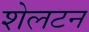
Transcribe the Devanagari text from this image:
शेलटन